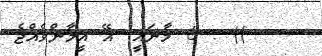
)) : 6 މާނައީ: އޭ އީމާންވެއްޖެ